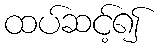
ထပ်ဆင့်၍